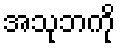
အသုဘကို